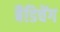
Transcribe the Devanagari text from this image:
बैडिचेंग